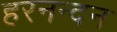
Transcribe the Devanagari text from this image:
हरनन्दन